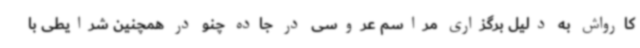
کارواش به دلیل برگزاری مراسم عروسی در جاده چنو در همچنین شرایطی با